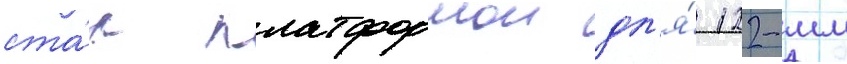
ста́л платформои дл'я́ 122-мм